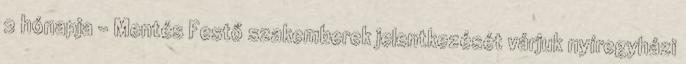
2 hónapja - Mentés Festő szakemberek jelentkezését várjuk nyíregyházi